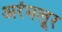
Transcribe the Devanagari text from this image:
अरंमलूर